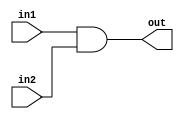
module and32bit(in1,in2,out);
	input [31:0] in1,in2;
	output [31:0] out;
	assign out=in1&in2;
endmodule